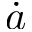
\dot { a }